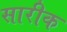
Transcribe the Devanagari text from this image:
सारीक